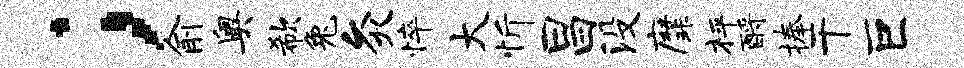
；俞奥欷兔灸悴大忻昌没縻枰酹捧干巨